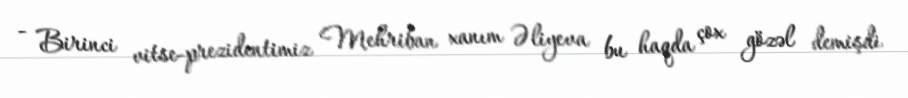
- Birinci vitse-prezidentimiz Mehriban xanım Əliyeva bu haqda çox gözəl demişdi